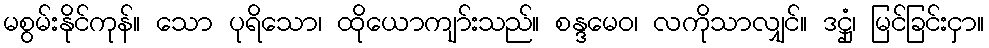
မစွမ်းနိုင်ကုန်။ သော ပုရိသော၊ ထိုယောကျာ်းသည်။ စန္ဒမေဝ၊ လကိုသာလျှင်။ ဒဋ္ဌုံ၊ မြင်ခြင်းငှာ။